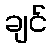
ချင်